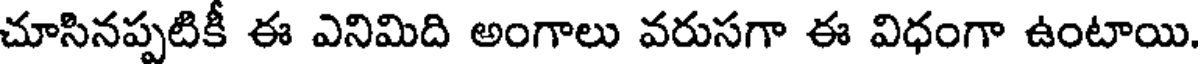
చూసినప్పటికీ ఈ ఎనిమిది అంగాలు వరుసగా ఈ విధంగా ఉంటాయి